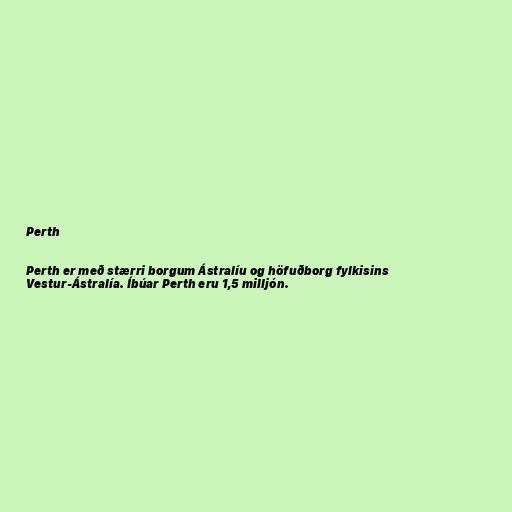
Perth

Perth er með stærri borgum Ástralíu og höfuðborg fylkisins
Vestur-Ástralía. Íbúar Perth eru 1,5 milljón.